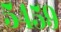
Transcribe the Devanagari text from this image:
५४५९